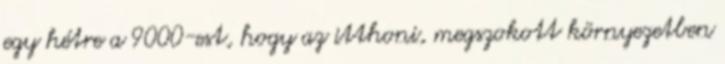
egy hétre a 9000-est, hogy az itthoni, megszokott környezetben